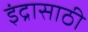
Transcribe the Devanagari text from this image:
इंद्रासाठी